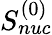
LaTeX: S_{nuc}^{(0)}